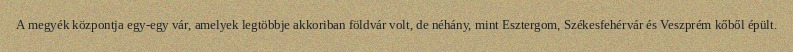
A megyék központja egy-egy vár, amelyek legtöbbje akkoriban földvár volt, de néhány, mint Esztergom, Székesfehérvár és Veszprém kőből épült.